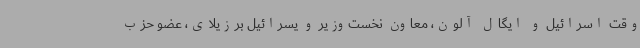
وقت اسرائیل و ایگال آلون، معاون نخست‌وزیر و یسرائیل برزیلای، عضو حزب